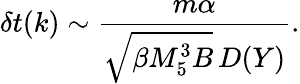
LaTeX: \delta t(k)\sim{\frac{m\alpha}{\sqrt{\beta M_{5}^{3}B}\, D(Y)}}.